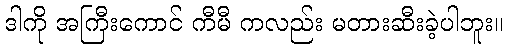
ဒါကို အကြီးကောင် ကီမီ ကလည်း မတားဆီးခဲ့ပါဘူး။